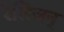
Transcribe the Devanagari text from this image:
रेलिजन्